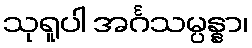
သုရူပါ အင်္ဂသမ္ပန္နာ၊